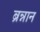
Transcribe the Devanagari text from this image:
ब्रन्नान